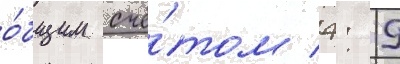
о́бщим счё́том 4: 9